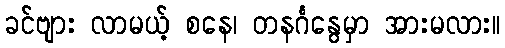
ခင်ဗျား လာမယ့် စနေ၊ တနင်္ဂနွေမှာ အားမလား။